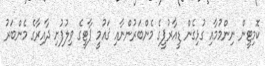
ކޮމިޓީން ނިންމުމާއި ގުޅިގެން ޑީއާރުޕީގެ މެންބަރުންނާއި ޤައުމީ ޕާޓީގެ ވިލުފުށި ދާއިރާގެ މެންބަރު